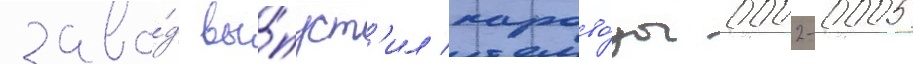
заво́д вы́пуст'ил парово́зы 0002-0005